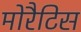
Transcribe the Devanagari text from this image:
मोरैटिस